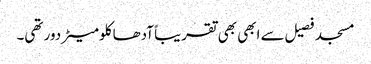
مسجد فصیل سے ابھی بھی تقریباً آدھا کلومیٹر دور تھی۔